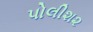
પોલીશ૨